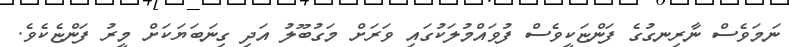
ނަމަވެސް ނާރިނގުގެ ފަންޏަކީވެސް ފުވައްމުލަކުގައި ވަރަށް މަގުބޫލު އަދި ގިނަބަޔަކަށް މީރު ފަންޏެކެވެ.